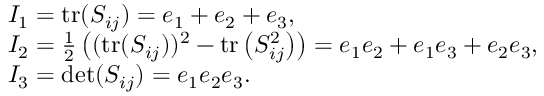
\begin{array} { l } { I _ { 1 } = \operatorname { t r } ( S _ { i j } ) = e _ { 1 } + e _ { 2 } + e _ { 3 } , } \\ { I _ { 2 } = \frac { 1 } { 2 } \left( ( \operatorname { t r } ( S _ { i j } ) ) ^ { 2 } - \operatorname { t r } \left( S _ { i j } ^ { 2 } \right) \right) = e _ { 1 } e _ { 2 } + e _ { 1 } e _ { 3 } + e _ { 2 } e _ { 3 } , } \\ { I _ { 3 } = \operatorname* { d e t } ( S _ { i j } ) = e _ { 1 } e _ { 2 } e _ { 3 } . } \end{array}